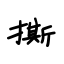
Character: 撕